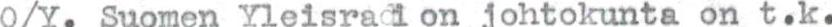
O/Y. Suomen Yleisradi on johtokunta on t.k.